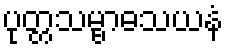
ပုတ္တသမ္ဗာဓသယနံ